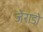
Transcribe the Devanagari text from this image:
जेराडो